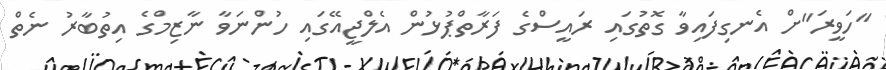
"ހަވީރަ"ށް އެނގިފައިވާ ގޮތުގައި ރައީސްގެ ފަރާތްޕުޅުން އެލްޖީއޭގައި ހުންނަވާ ނާޒިމްގެ އިތުބާރު ނެތް